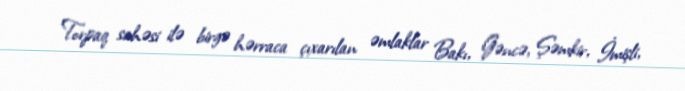
Torpaq sahəsi ilə birgə hərraca çıxarılan əmlaklar Bakı, Gəncə, Şəmkir, İmişli,